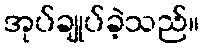
အုပ်ချုပ်ခဲ့သည်။